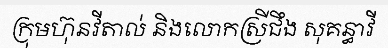
ក្រុមហ៊ុនវីតាល់ និងលោកស្រីជឹង សុគន្ធាវី